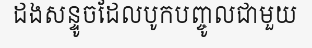
ដងសន្ទូចដែលបូកបញ្ចូលជាមួយ